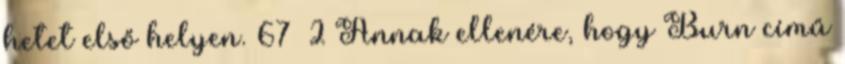
hetet első helyen. 67 2 Annak ellenére, hogy Burn című